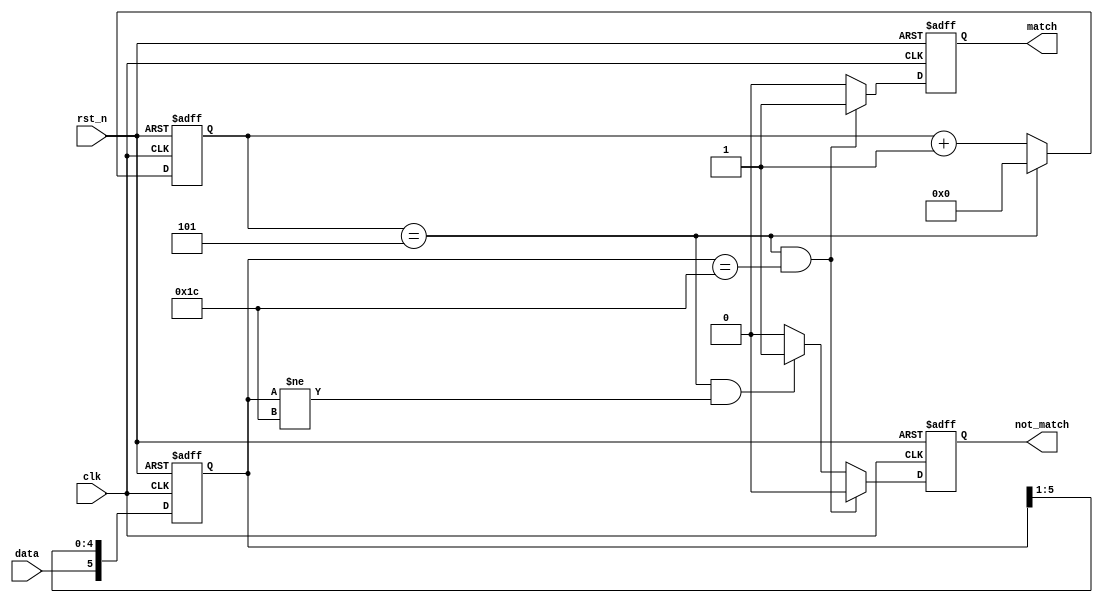
`timescale 1ns/1ns
module sequence_detect(
	input clk,
	input rst_n,
	input data,
	output reg match,
	output reg not_match
	);

   reg[5:0] data_reg;
    reg[3:0] cnt;
   always @(posedge clk or negedge rst_n) begin
      if(~rst_n) begin
         data_reg <= 0;
         cnt <= 0;
      end
      else begin
         data_reg <= {data, data_reg[5:1]};
          if(cnt == 5) cnt <= 0;
         else cnt <= cnt + 1;
      end
   end

   always @(posedge clk or negedge rst_n) begin
      if(~rst_n) begin
         match <= 0;
         not_match <= 0;
      end
       else if((cnt == 5) && (data_reg == 6'b011100)) begin
         match <= 1;
         not_match <= 0;
      end
       else if((cnt == 5) && (data_reg != 6'b011100)) begin
         match <= 0;
         not_match <= 1;
      end
      else begin
         match <= 0;
         not_match <= 0;
      end
   end

endmodule